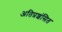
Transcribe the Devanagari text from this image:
अतिप्रशंसित